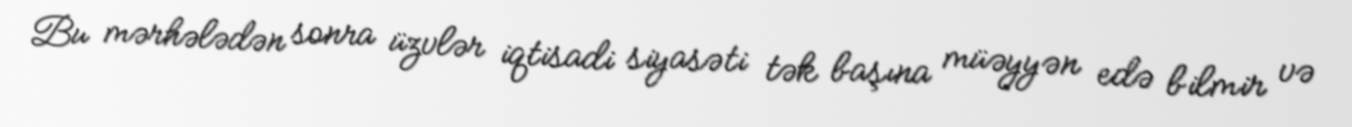
Bu mərhələdən sonra üzvlər iqtisadi siyasəti tək başına müəyyən edə bilmir və